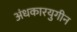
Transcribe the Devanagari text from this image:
अंधकारयुगीन